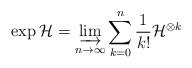
LaTeX: \begin{align*}\exp \mathcal H = \varinjlim_{n\to \infty} \sum_{k=0}^n \frac{1}{k!}\mathcal H ^{\otimes k}\end{align*}